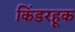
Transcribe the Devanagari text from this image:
किंडरहूक